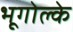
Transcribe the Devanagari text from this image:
भूगोल्के